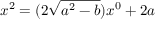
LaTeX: x ^ { 2 } = ( 2 { \sqrt { a ^ { 2 } - b } } ) x ^ { 0 } + 2 a